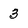
Character: 3